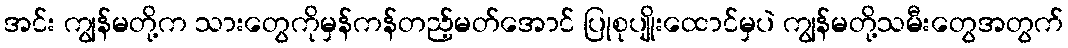
အင်း ကျွန်မတို့က သားတွေကိုမှန်ကန်တည့်မတ်အောင် ပြုစုပျိုးထောင်မှပဲ ကျွန်မတို့သမီးတွေအတွက်